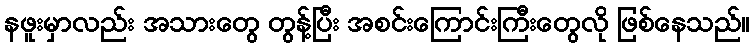
နဖူးမှာလည်း အသားတွေ တွန့်ပြီး အစင်းကြောင်းကြီးတွေလို ဖြစ်နေသည်။